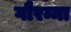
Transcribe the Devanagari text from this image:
गौरम्मा